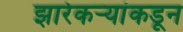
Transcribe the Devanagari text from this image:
झारेकऱ्यांकडून